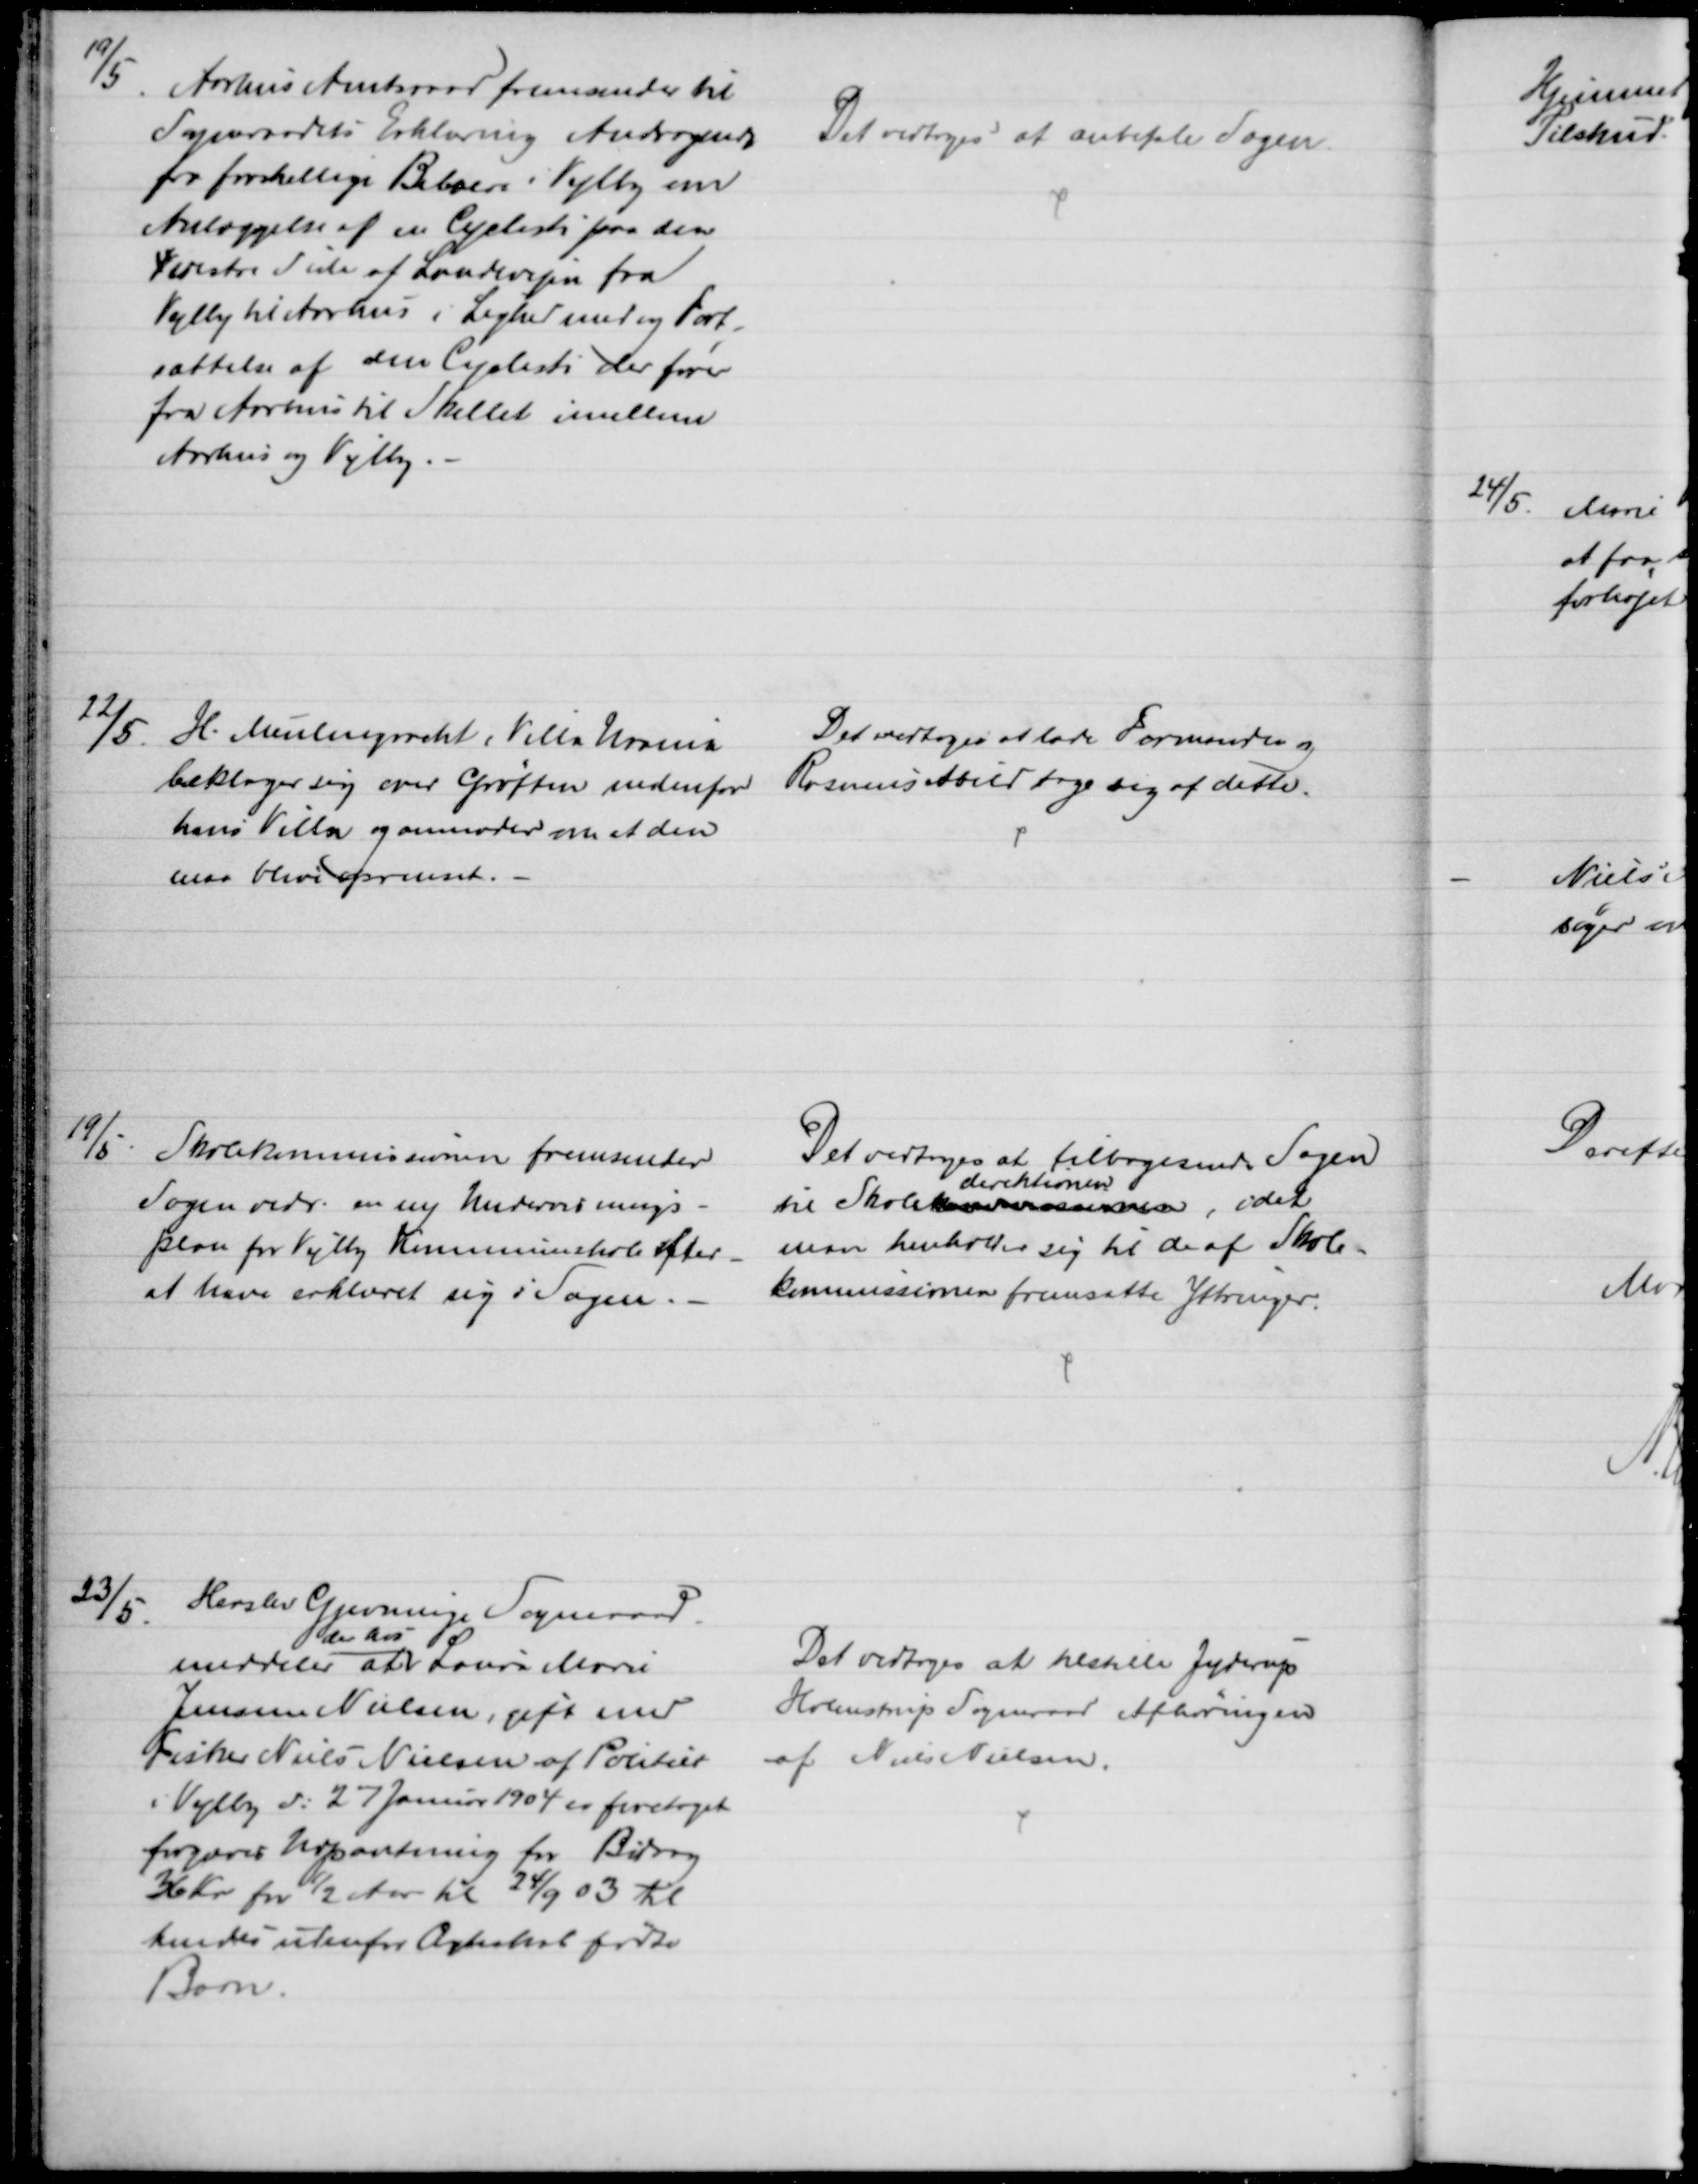
Transskription:
19/5
Aarhus Amtsraad fremsender til
Sogneraadets Erklæring Andragende
fra forskellige Beboere i Vejlby om
Anlæggelse af en Cyclesti paa den
V vestre Side af Landevejen fra
Vejlby til Aarhus i Lighed med og Fort-
sættelse af den Cyclesti der fører
fra Aarhus til Skellet imellem
Aarhus og Vejlby.
Det vedtoges at anbefale Sagen.
22/5.
H. Meulengracht i Villa Uranus
beklager sig over Grøften nedenfor
hans Villa og anmoder om at den
maa blive oprenset.
Det vedtoges at lade Formanden og
Rasmus Abild tage sig af dette.
19/5. Skolekommissionen fremsender
Sagen vedr. en ny Undervisnings-
plan for Vejlby Kommuneskole efter-
at have erklæret sig i Sagen.
Det vedtoges at tilbagesende Sagen
til Skolekommissionen, 
direktionen
idet
man henholder sig til de af Skole-
kommissionens fremsatte Ytringer.
23/5
Horslev Gjerninge Sogneraad.
meddeler at 
der hos
Laura Marie
Jensen Nielsen, gift med
Fisker Niels Nielsen af Politiet
i Vejlby d. 27 Januar 1904 er foretaget
forgæves Udpantning for Bidrag
36 Kr for ½ Aar til 24/9 03 til
hendes udenfor Ægteskab fødte
Barn.
Det vedtoges at tilstille Jyderup
Holmstrup Sogneraad Afhøringen
af Niels Nielsen